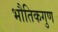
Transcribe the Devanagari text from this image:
भौतिकगुण